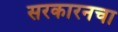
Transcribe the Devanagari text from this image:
सरकारनचा